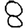
Digit: 8